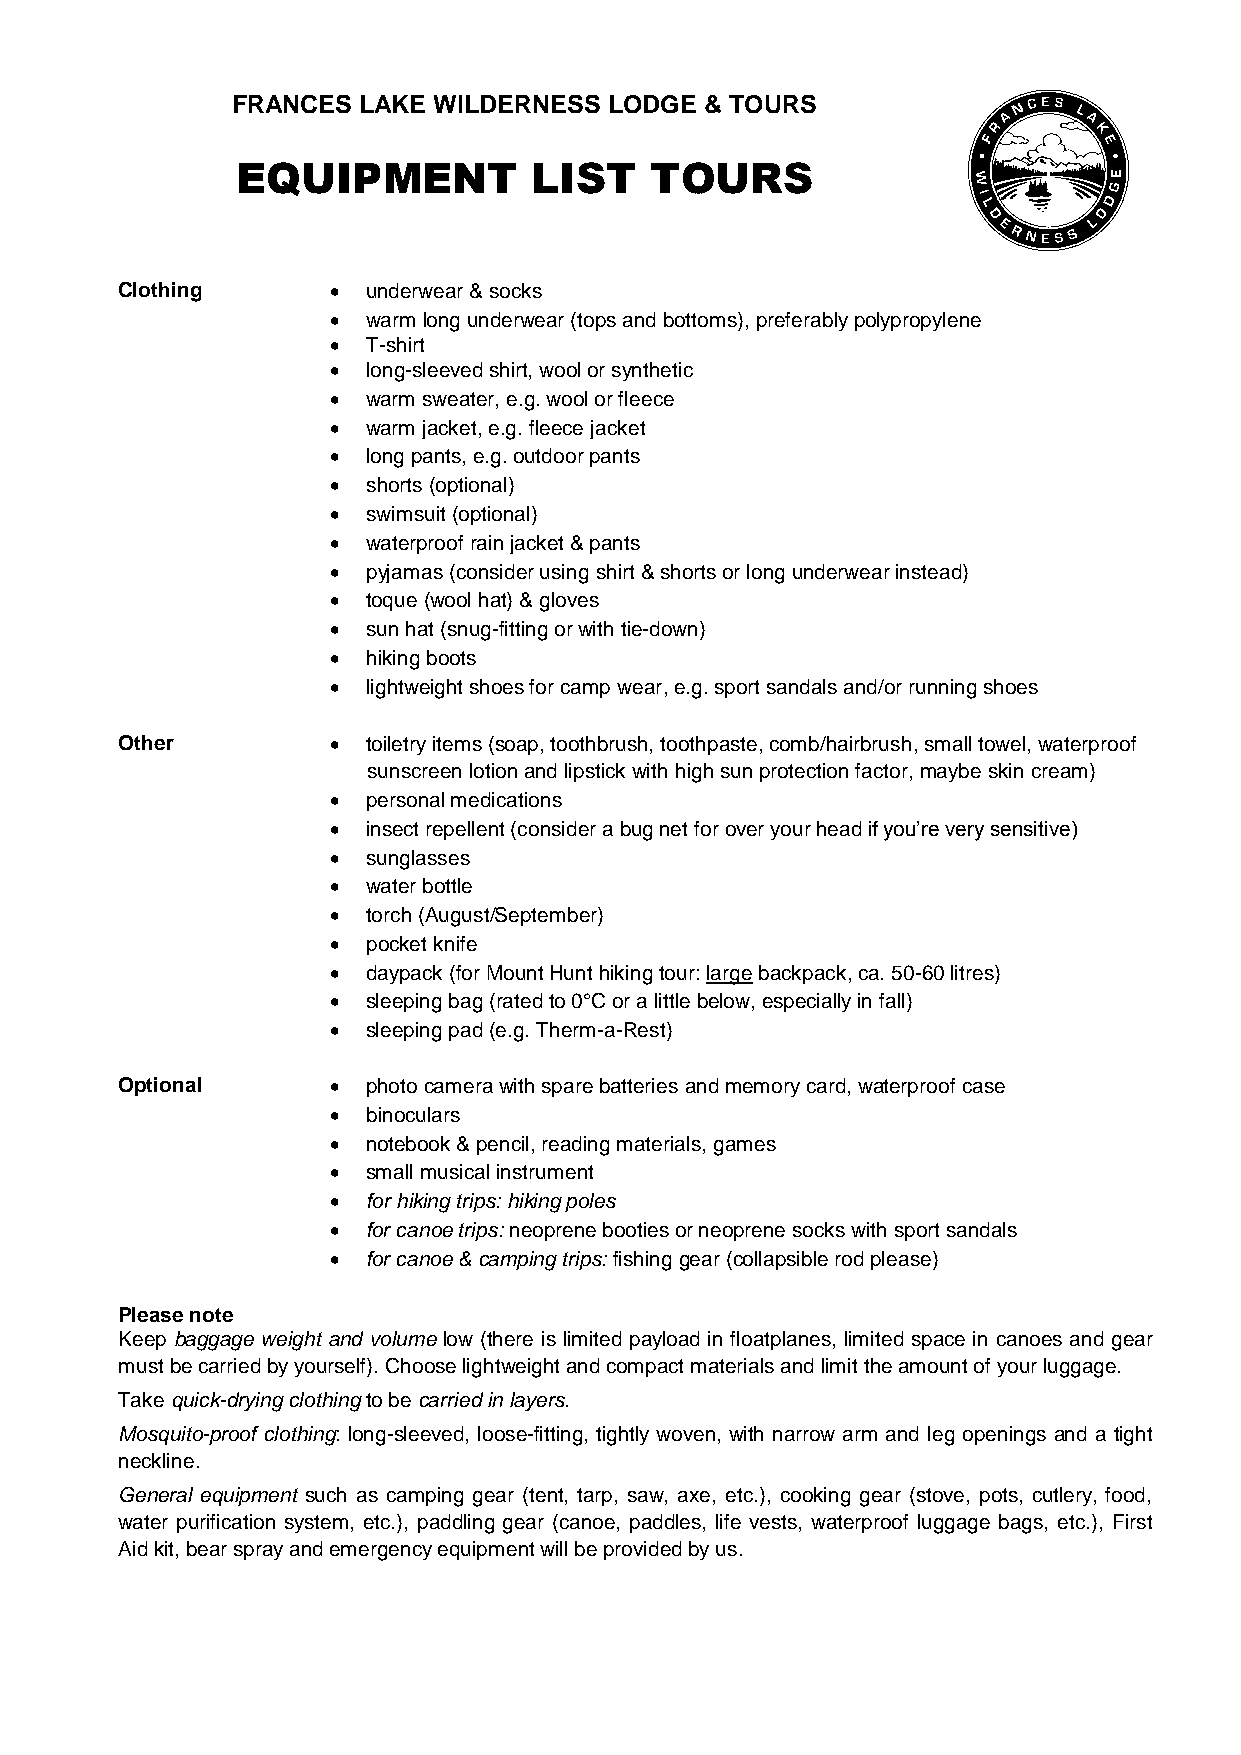
FRANCES  LAKE WILDERNESS LODGE  & TOURS
 EQUIPMENT          LIST    TOURS
 Clothing       underwear & socks
  warm long underwear (tops and bottoms), preferably polypropylene
  T-shirt
  long-sleeved shirt, wool or synthetic
  warm sweater, e.g. wool or fleece
  warm jacket, e.g. fleece jacket
  long pants, e.g. outdoor pants
  shorts (optional)
  swimsuit (optional)
  waterproof rain jacket & pants
  pyjamas (consider using shirt & shorts or long underwear instead)
  toque (wool hat) & gloves
  sun hat (snug-fitting or with tie-down)
  hiking boots
  lightweight shoes for camp wear, e.g. sport sandals and/or running shoes
 Other          toiletry items (soap, toothbrush, toothpaste, comb/hairbrush, small towel, waterproof
 sunscreen lotion and lipstick with high sun protection factor, maybe skin cream)
  personal medications
  insect repellent (consider a bug net for over your head if you’re very sensitive)
  sunglasses
  water bottle
  torch (August/September)
  pocket knife
  daypack (for Mount Hunt hiking tour: large backpack, ca. 50-60 litres)
  sleeping bag (rated to 0°C or a little below, especially in fall)
  sleeping pad (e.g. Therm-a-Rest)
 Optional       photo camera with spare batteries and memory card, waterproof case
  binoculars
  notebook & pencil, reading materials, games
  small musical instrument
  for hiking trips: hiking poles
  for canoe trips: neoprene booties or neoprene socks with sport sandals
  for canoe & camping trips: fishing gear (collapsible rod please)
 Please note
 Keep baggage weight and volume low (there is limited payload in floatplanes, limited space in canoes and gear
 must be carried by yourself). Choose lightweight and compact materials and limit the amount of your luggage.
 Take quick-drying clothing to be carried in layers.
 Mosquito-proof clothing: long-sleeved, loose-fitting, tightly woven, with narrow arm and leg openings and a tight
 neckline.
 General equipment such as camping gear (tent, tarp, saw, axe, etc.), cooking gear (stove, pots, cutlery, food,
 water purification system, etc.), paddling gear (canoe, paddles, life vests, waterproof luggage bags, etc.), First
 Aid kit, bear spray and emergency equipment will be provided by us.